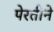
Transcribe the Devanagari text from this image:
पेरतीने